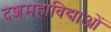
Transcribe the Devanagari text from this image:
दशमहाविद्याओं